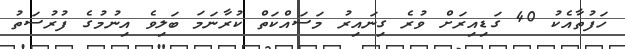
ހަފުތާއެކު 40 ގަޑިއިރަށް ވުރެ ގިނައިރު މަސައްކަތް ކުރާނަމަ ބަލިވެ އިނުމުގެ ފުރުސަތު